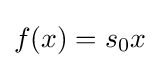
f(x)=s_{0}x